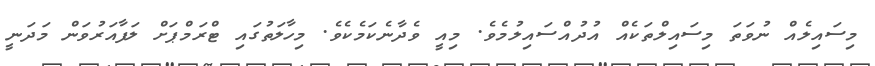
މިސައިލެއް ނުވަތަ މިސައިލްތަކެއް އުދުއްސައިލުމެވެ. މިއީ ވެދާނެކަމެކެވެ. މިހާލަތުގައި ޓްރަމްޕަށް ލަފާއަރުވަން މަދަނީ